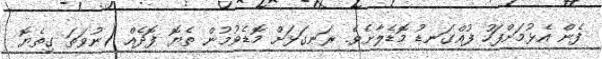
ފެން އެޅުމަށްފަހު ފުއްގަނޑު މޮޑެލާށެވެ. ރަނގަޅަށް މޮޑެވުމުން ތެޔޮ ފޮދެއް (ނުވަތަ ގިތެޔޮ